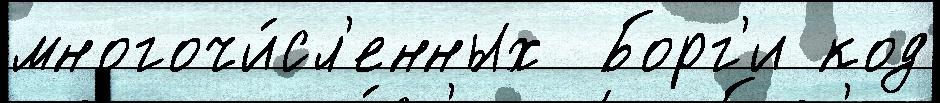
многочи́сл'енных  Борг'и код